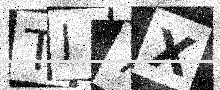
Text: TJ7X